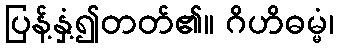
ပြန့်နှံ့၍တတ်၏။ ဂိဟိဓမ္မံ၊